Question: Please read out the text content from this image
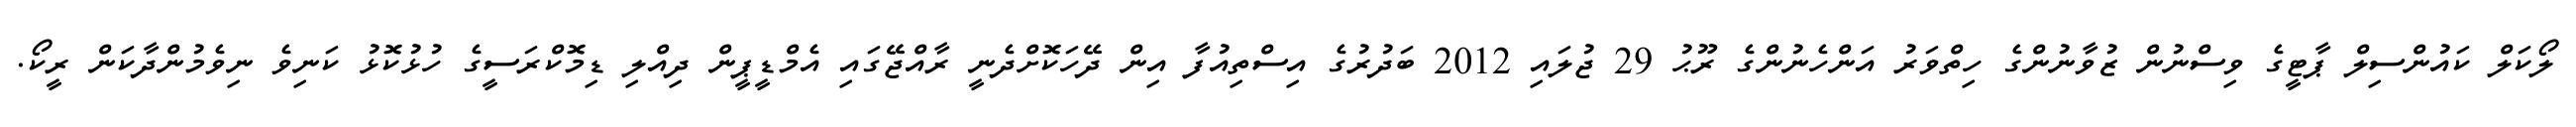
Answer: ލޯކަލް ކައުންސިލް ޕާޓީގެ ވިސްނުން ޒުވާނުންގެ ހިތްވަރު އަންހެނުންގެ ރޫޙު 29 ޖުލައި 2012 ބަދުރުގެ އިސްތިއުފާ އިން ދޭހަކޮށްދެނީ ރާއްޖޭގައި އެމްޑީޕީން ދިއްލި ޑިމޮކްރަސީގެ ހުޅުކޮޅު ކަނިވެ ނިވެމުންދާކަން ރީކޯ.